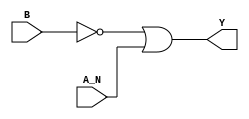
module sky130_fd_sc_ms__nand2b_2 (
    Y  ,
    A_N,
    B
);
    output Y  ;
    input  A_N;
    input  B  ;
    wire not0_out ;
    wire or0_out_Y;
    not not0 (not0_out , B              );
    or  or0  (or0_out_Y, not0_out, A_N  );
    buf buf0 (Y        , or0_out_Y      );
endmodule